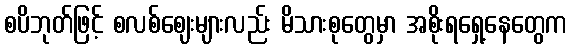
စပိဘုတ်ဖြင့် စလစ်ဈေးများလည်း မိသားစုတွေမှာ အစိုးရရှေ့နေတွေက